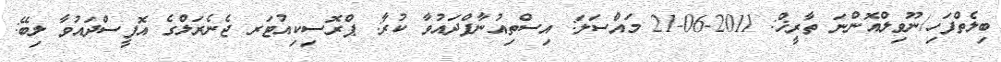
ބިލެތްފަހި/ނޫވިލްއޮންނަ ތާރީޚް: 2011-06-21 މައްސަލަ: އިސްތިއުނާފްދައުވާ ކުރާ: ޕްރޮސިކިއުޓަރ ޖެނެރަލްގެ އޮފީސްދައުވާ ލިބޭ: